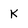
Character: K